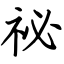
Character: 祕